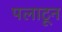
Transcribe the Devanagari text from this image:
पलाटून